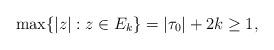
LaTeX: \begin{align*}\max\{|z|:z\in E_k\}=|\tau_0|+2k\ge1,\end{align*}